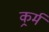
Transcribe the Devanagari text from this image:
कर्र्म